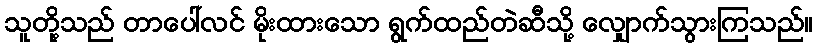
သူတို့သည် တာပေါ်လင် မိုးထားသော ရွက်ထည်တဲဆီသို့ လျှောက်သွားကြသည်။